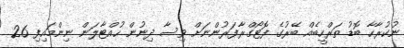
ނުކުރާހާ ބޮޑު ތަރްހީބެއް ބޭރުގެ ފޮޓޯގްރާފަރުންނަށް ވިސާ ދިނުން ހުއްޓާލަން ނިންމައިފި 26